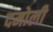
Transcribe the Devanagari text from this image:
दमोली